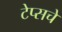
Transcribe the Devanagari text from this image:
टेप्सचे